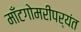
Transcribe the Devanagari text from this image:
माँटगोमरीपर्यंत